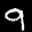
Label: 9